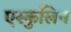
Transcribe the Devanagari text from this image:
एस्कुलिन